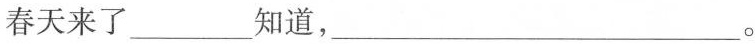
春天来了___知道，___。